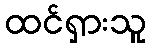
ထင်ရှားသူ